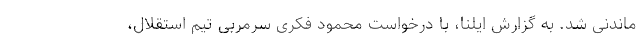
ماندنی شد. به گزارش ایلنا، با درخواست محمود فکری سرمربی تیم استقلال،